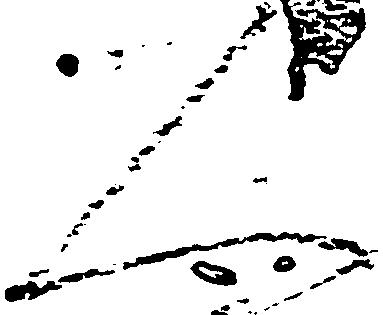
人